Report on vaccination proceedings throughout the Government of Bengal -
Year: 1868
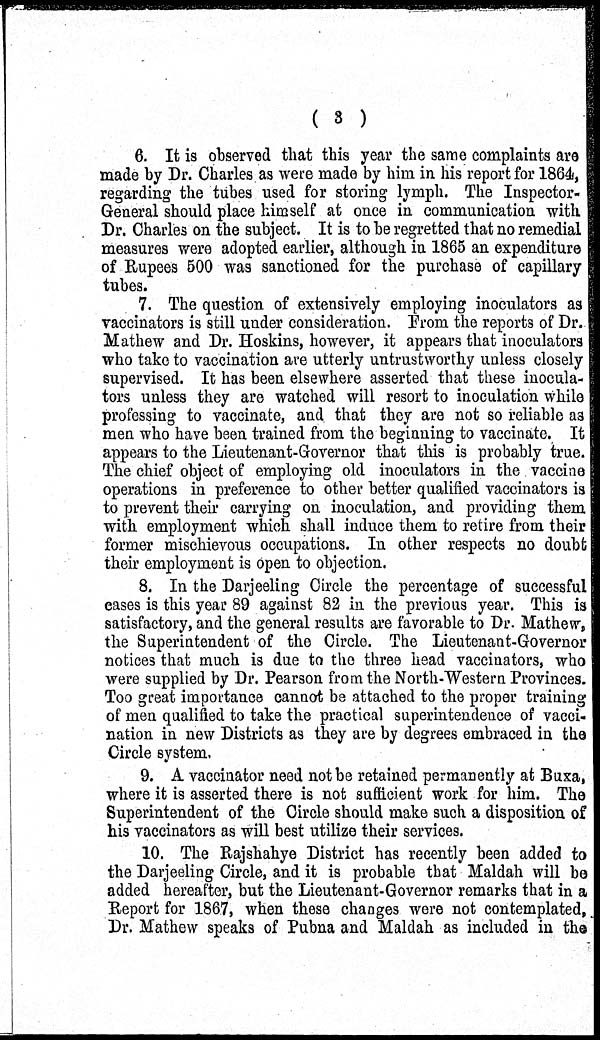
( 3 )
6. It is observed that this year the same complaints are
made by Dr. Charles as were made by him in his report for 1864,
regarding the tubes used for storing lymph. The Inspector-
General should place himself at once in communication with
Dr. Charles on the subject. It is to be regretted that no remedial
measures were adopted earlier, although in 1865 an expenditure
of Rupees 500 was sanctioned for the purchase of capillary
tubes.
7. The question of extensively employing inoculators as
vaccinators is still under consideration. From the reports of Dr.
Mathew and Dr. Hoskins, however, it appears that inoculators
who take to vaccination are utterly untrustworthy unless closely
supervised. It has been elsewhere asserted that these inocula-
tors unless they are watched will resort to inoculation while
professing to vaccinate, and that they are not so reliable as
men who have been trained from the beginning to vaccinate. It
appears to the Lieutenant-Governor that this is probably true.
The chief object of employing old inoculators in the vaccine
operations in preference to other better qualified vaccinators is
to prevent their carrying on inoculation, and providing them
with employment which shall induce them to retire from their
former mischievous occupations. In other respects no doubt
their employment is open to objection.
8. In the Darjeeling Circle the percentage of successful
eases is this year 89 against 82 in the previous year. This is
satisfactory, and the general results are favorable to Dr. Mathew,
the Superintendent of the Circle. The Lieutenant-Governor
notices that much is due to the three head vaccinators, who
were supplied by Dr. Pearson from the North-Western Provinces.
Too great importance cannot be attached to the proper training
of men qualified to take the practical superintendence of vacci-
nation in new Districts as they are by degrees embraced in the
Circle system.
9. A vaccinator need not be retained permanently at Buxa,
where it is asserted there is not sufficient work for him. The
Superintendent of the Circle should make such a disposition of
his vaccinators as will best utilize their services.
10. The Rajshahye District has recently been added to
the Darjeeling Circle, and it is probable that Maldah will be
added hereafter, but the Lieutenant-Governor remarks that in a
Report for 1867, when these changes were not contemplated,
Dr. Mathew speaks of Pubna and Maldah as included in the